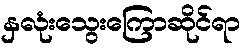
နှလုံးသွေးကြောဆိုင်ရာ